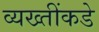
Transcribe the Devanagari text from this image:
व्यख्तींकडे